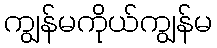
ကျွန်မကိုယ်ကျွန်မ